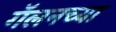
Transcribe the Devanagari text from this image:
गॅलनच्या